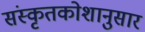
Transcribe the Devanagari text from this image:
संस्कृतकोशानुसार